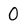
Character: 0